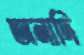
অনাদি